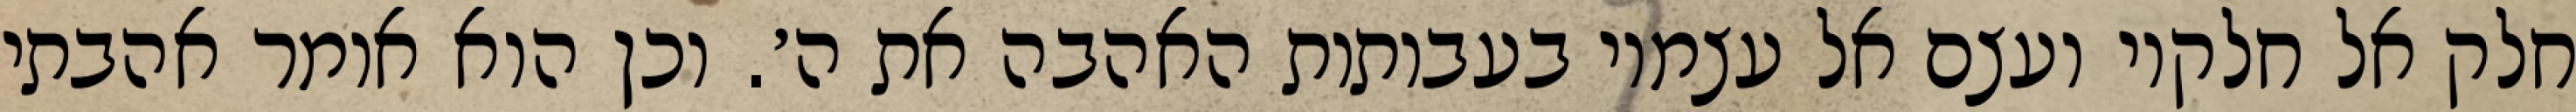
חלק אל חלקיו ועצם אל עצמיו בעבותות האהבה את ה׳. וכן הוא אומר אהבתי